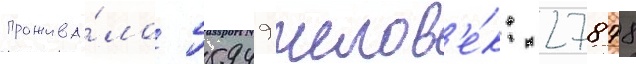
прожива́ло 55949 челов'е́к: 27878